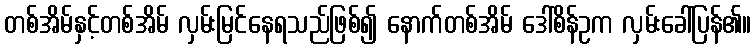
တစ်အိမ်နှင့်တစ်အိမ် လှမ်းမြင်နေရသည်ဖြစ်၍ နောက်တစ်အိမ် ဒေါ်စိန်ဥက လှမ်းခေါ်ပြန်၏။